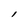
Character: l